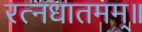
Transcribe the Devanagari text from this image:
रत्नधातमम्॥